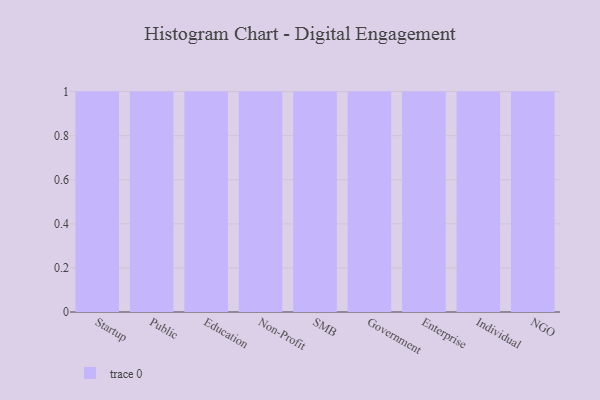
{"axis": {"x": "Segment", "y": "Demand Index"}, "legend": [""], "data": [{"x": "Startup", "y": 62, "type": ""}, {"x": "Public", "y": 20, "type": ""}, {"x": "Education", "y": 7, "type": ""}, {"x": "Non-Profit", "y": 2, "type": ""}, {"x": "SMB", "y": 28, "type": ""}, {"x": "Government", "y": 39, "type": ""}, {"x": "Enterprise", "y": 4, "type": ""}, {"x": "Individual", "y": 71, "type": ""}, {"x": "NGO", "y": 46, "type": ""}]}